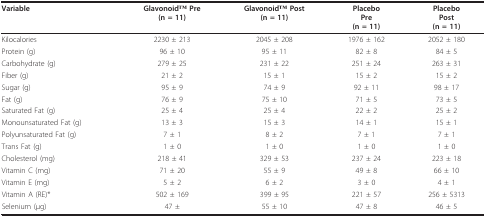
<table><thead><tr><td><b>Variable</b></td><td><b>GlavonoidTM Pre(n = 11)</b></td><td><b>GlavonoidTM Post(n = 11)</b></td><td><b>PlaceboPre(n = 11)</b></td><td><b>PlaceboPost(n = 11)</b></td></tr></thead><tbody><tr><td>Kilocalories</td><td>2230 ± 213</td><td>2045 ± 208</td><td>1976 ± 162</td><td>2052 ± 180</td></tr><tr><td>Protein (g)</td><td>96 ± 10</td><td>95 ± 11</td><td>82 ± 8</td><td>84 ± 5</td></tr><tr><td>Carbohydrate (g)</td><td>279 ± 25</td><td>231 ± 22</td><td>251 ± 24</td><td>263 ± 31</td></tr><tr><td>Fiber (g)</td><td>21 ± 2</td><td>15 ± 1</td><td>15 ± 2</td><td>15 ± 2</td></tr><tr><td>Sugar (g)</td><td>95 ± 9</td><td>74 ± 9</td><td>92 ± 11</td><td>98 ± 17</td></tr><tr><td>Fat (g)</td><td>76 ± 9</td><td>75 ± 10</td><td>71 ± 5</td><td>73 ± 5</td></tr><tr><td>Saturated Fat (g)</td><td>25 ± 4</td><td>25 ± 4</td><td>22 ± 2</td><td>25 ± 2</td></tr><tr><td>Monounsaturated Fat (g)</td><td>13 ± 3</td><td>15 ± 3</td><td>14 ± 1</td><td>15 ± 1</td></tr><tr><td>Polyunsaturated Fat (g)</td><td>7 ± 1</td><td>8 ± 2</td><td>7 ± 1</td><td>7 ± 1</td></tr><tr><td>Trans Fat (g)</td><td>1 ± 0</td><td>1 ± 0</td><td>1 ± 0</td><td>1 ± 0</td></tr><tr><td>Cholesterol (mg)</td><td>218 ± 41</td><td>329 ± 53</td><td>237 ± 24</td><td>223 ± 18</td></tr><tr><td>Vitamin C (mg)</td><td>71 ± 20</td><td>55 ± 9</td><td>49 ± 8</td><td>66 ± 10</td></tr><tr><td>Vitamin E (mg)</td><td>5 ± 2</td><td>6 ± 2</td><td>3 ± 0</td><td>4 ± 1</td></tr><tr><td>Vitamin A (RE)*</td><td>502 ± 169</td><td>399 ± 95</td><td>221 ± 57</td><td>256 ± 5313</td></tr><tr><td>Selenium (μg)</td><td>47 ± </td><td>55 ± 10</td><td>47 ± 8</td><td>46 ± 5</td></tr></tbody></table>